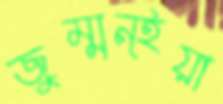
জুম্মন্ইয়া